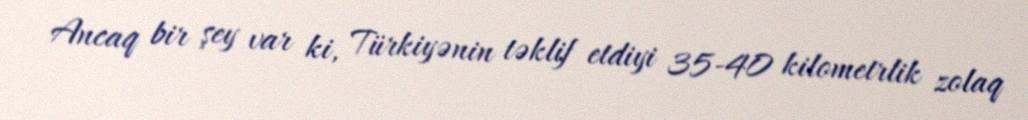
Ancaq bir şey var ki, Türkiyənin təklif etdiyi 35-40 kilometrlik zolaq